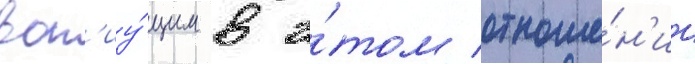
воп'иу́щим в э́том отноше́н'ии